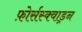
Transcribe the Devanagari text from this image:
फ़ोर्सस्क्वाड्रन